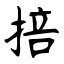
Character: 掊